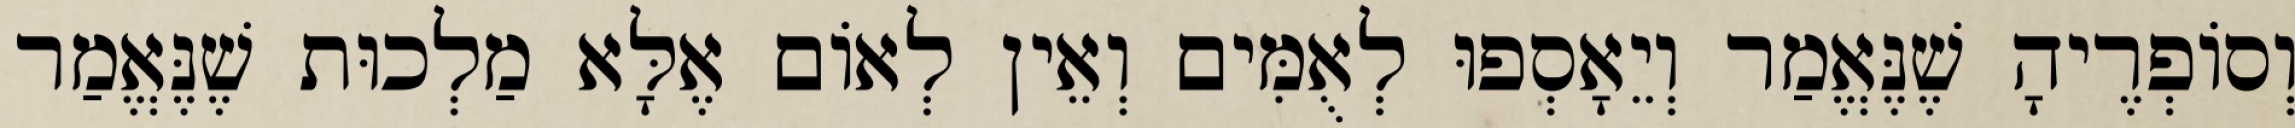
וְסוֹפְרֶיהָ שֶׁנֶּאֱמַר וְיֵאָסְפוּ לְאֻמִּים וְאֵין לְאוֹם אֶלָּא מַלְכוּת שֶׁנֶּאֱמַר